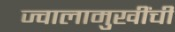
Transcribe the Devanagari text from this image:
ज्वालामुखींची